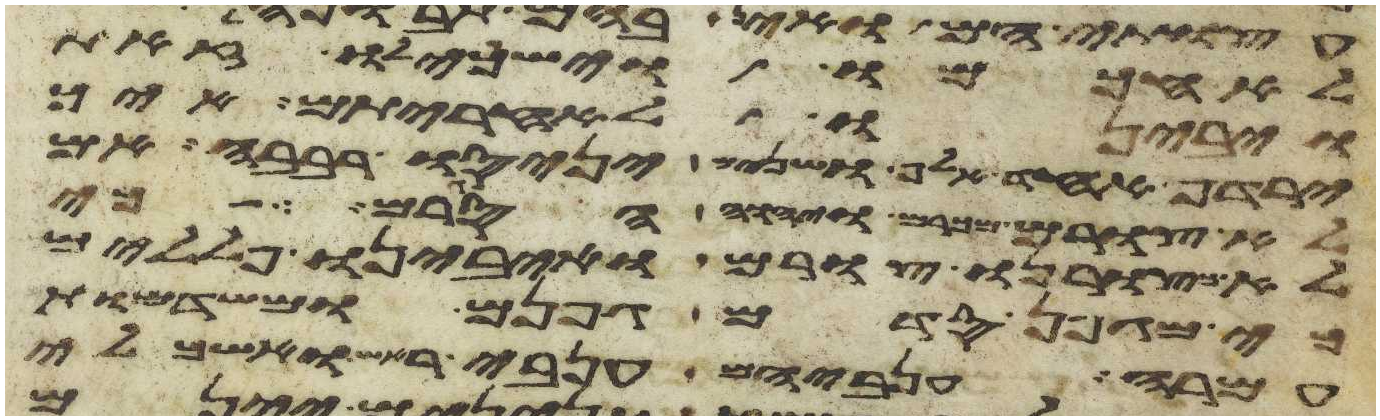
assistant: לא חכמו וישכילו זאת
ויבינו לאחריתם איך
ירדף אחד אלף ושנים יניסו רבבה אם
לא צורם מכרם ויהוה הסגירם כי
לא כצורנו צורם ואיבינו פללים
מגפן סדם גפנם ומשדמות
עמרה ענביהם ענבי ראש ואשכלי